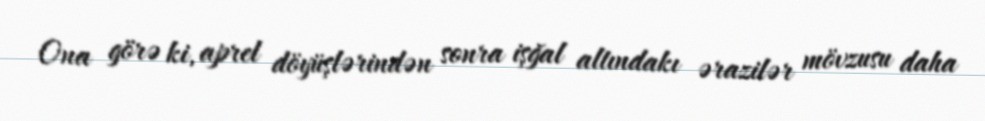
Ona görə ki, aprel döyüşlərindən sonra işğal altındakı ərazilər mövzusu daha